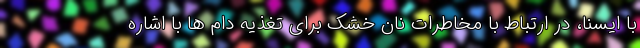
با ایسنا، در ارتباط با مخاطرات نان خشک برای تغذیه دام ها با اشاره